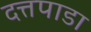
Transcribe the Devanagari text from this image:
दत्तपाडा